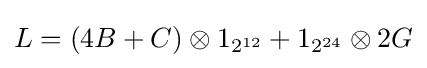
L=(4B+C)\otimes {1_{2^{12}}}+1_{2^{24}}\otimes 2G